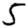
Digit: 5